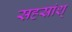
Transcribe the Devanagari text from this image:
सहस्रांश्